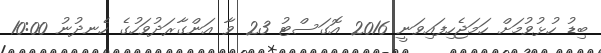
ބިޑު ހުޅުވުމަށް ހަމަޖެހިފައިވަނީ 2016 އޮގަސްޓު 23 ވާ އަންގާރަދުވަހުގެ ހެނދުނު 10:00